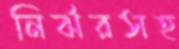
নির্ঝরসহ